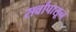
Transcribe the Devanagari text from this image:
सर्वांपासून